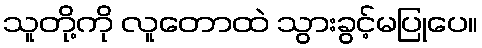
သူတို့ကို လူတောထဲ သွားခွင့်မပြုပေ။